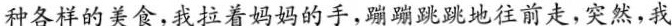
种各样的美食，我拉着妈妈的手，蹦蹦跳跳地往前走，突然，我